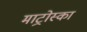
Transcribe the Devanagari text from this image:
माट्रोस्का